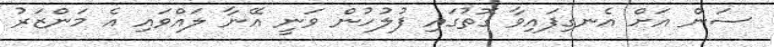
ސަން އަށް އެނގިފައިވާ ގޮތުގައި ފުލުހުން ވަނީ އޭނާ ލައްވައި އެ މަންޒަރު